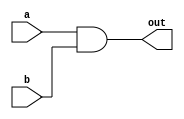
// This program was cloned from: https://github.com/milind7777/VerilogDocGen
// License: MIT License

module andgate(
  input a,
  input b,
  output out

);

  assign out = a & b;

endmodule